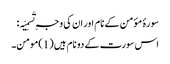
سورۂ مؤمن کے نام اور ان کی وجہِ تَسمِیَہ :
اس سورت کے دو نام ہیں (1)مومن۔